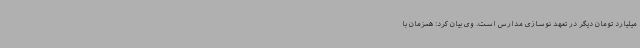
میلیارد تومان دیگر در تعهد نوسازی مدارس است. وی بیان کرد: همزمان با